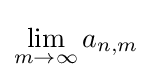
\lim _{m\to \infty }a_{n,m}